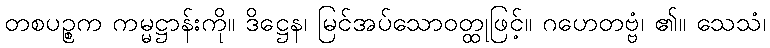
တစပဉ္စက ကမ္မဋ္ဌာန်းကို။ ဒိဋ္ဌေန၊ မြင်အပ်သောဝတ္ထုဖြင့်။ ဂဟေတဗ္ဗံ၊ ၏။ သေသံ၊